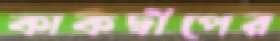
কাকদ্বীপের